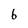
Character: 6